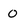
Character: O